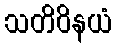
သတိဝိနယံ